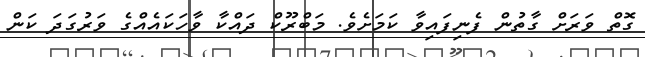
ގޮތް ވަރަށް ގާތުން ފެނިފައިވާ ކަމަށެވެ. މަބްރޫކް ދައްކާ ވާހަކައެއްގެ ވަރުގަދަ ކަން